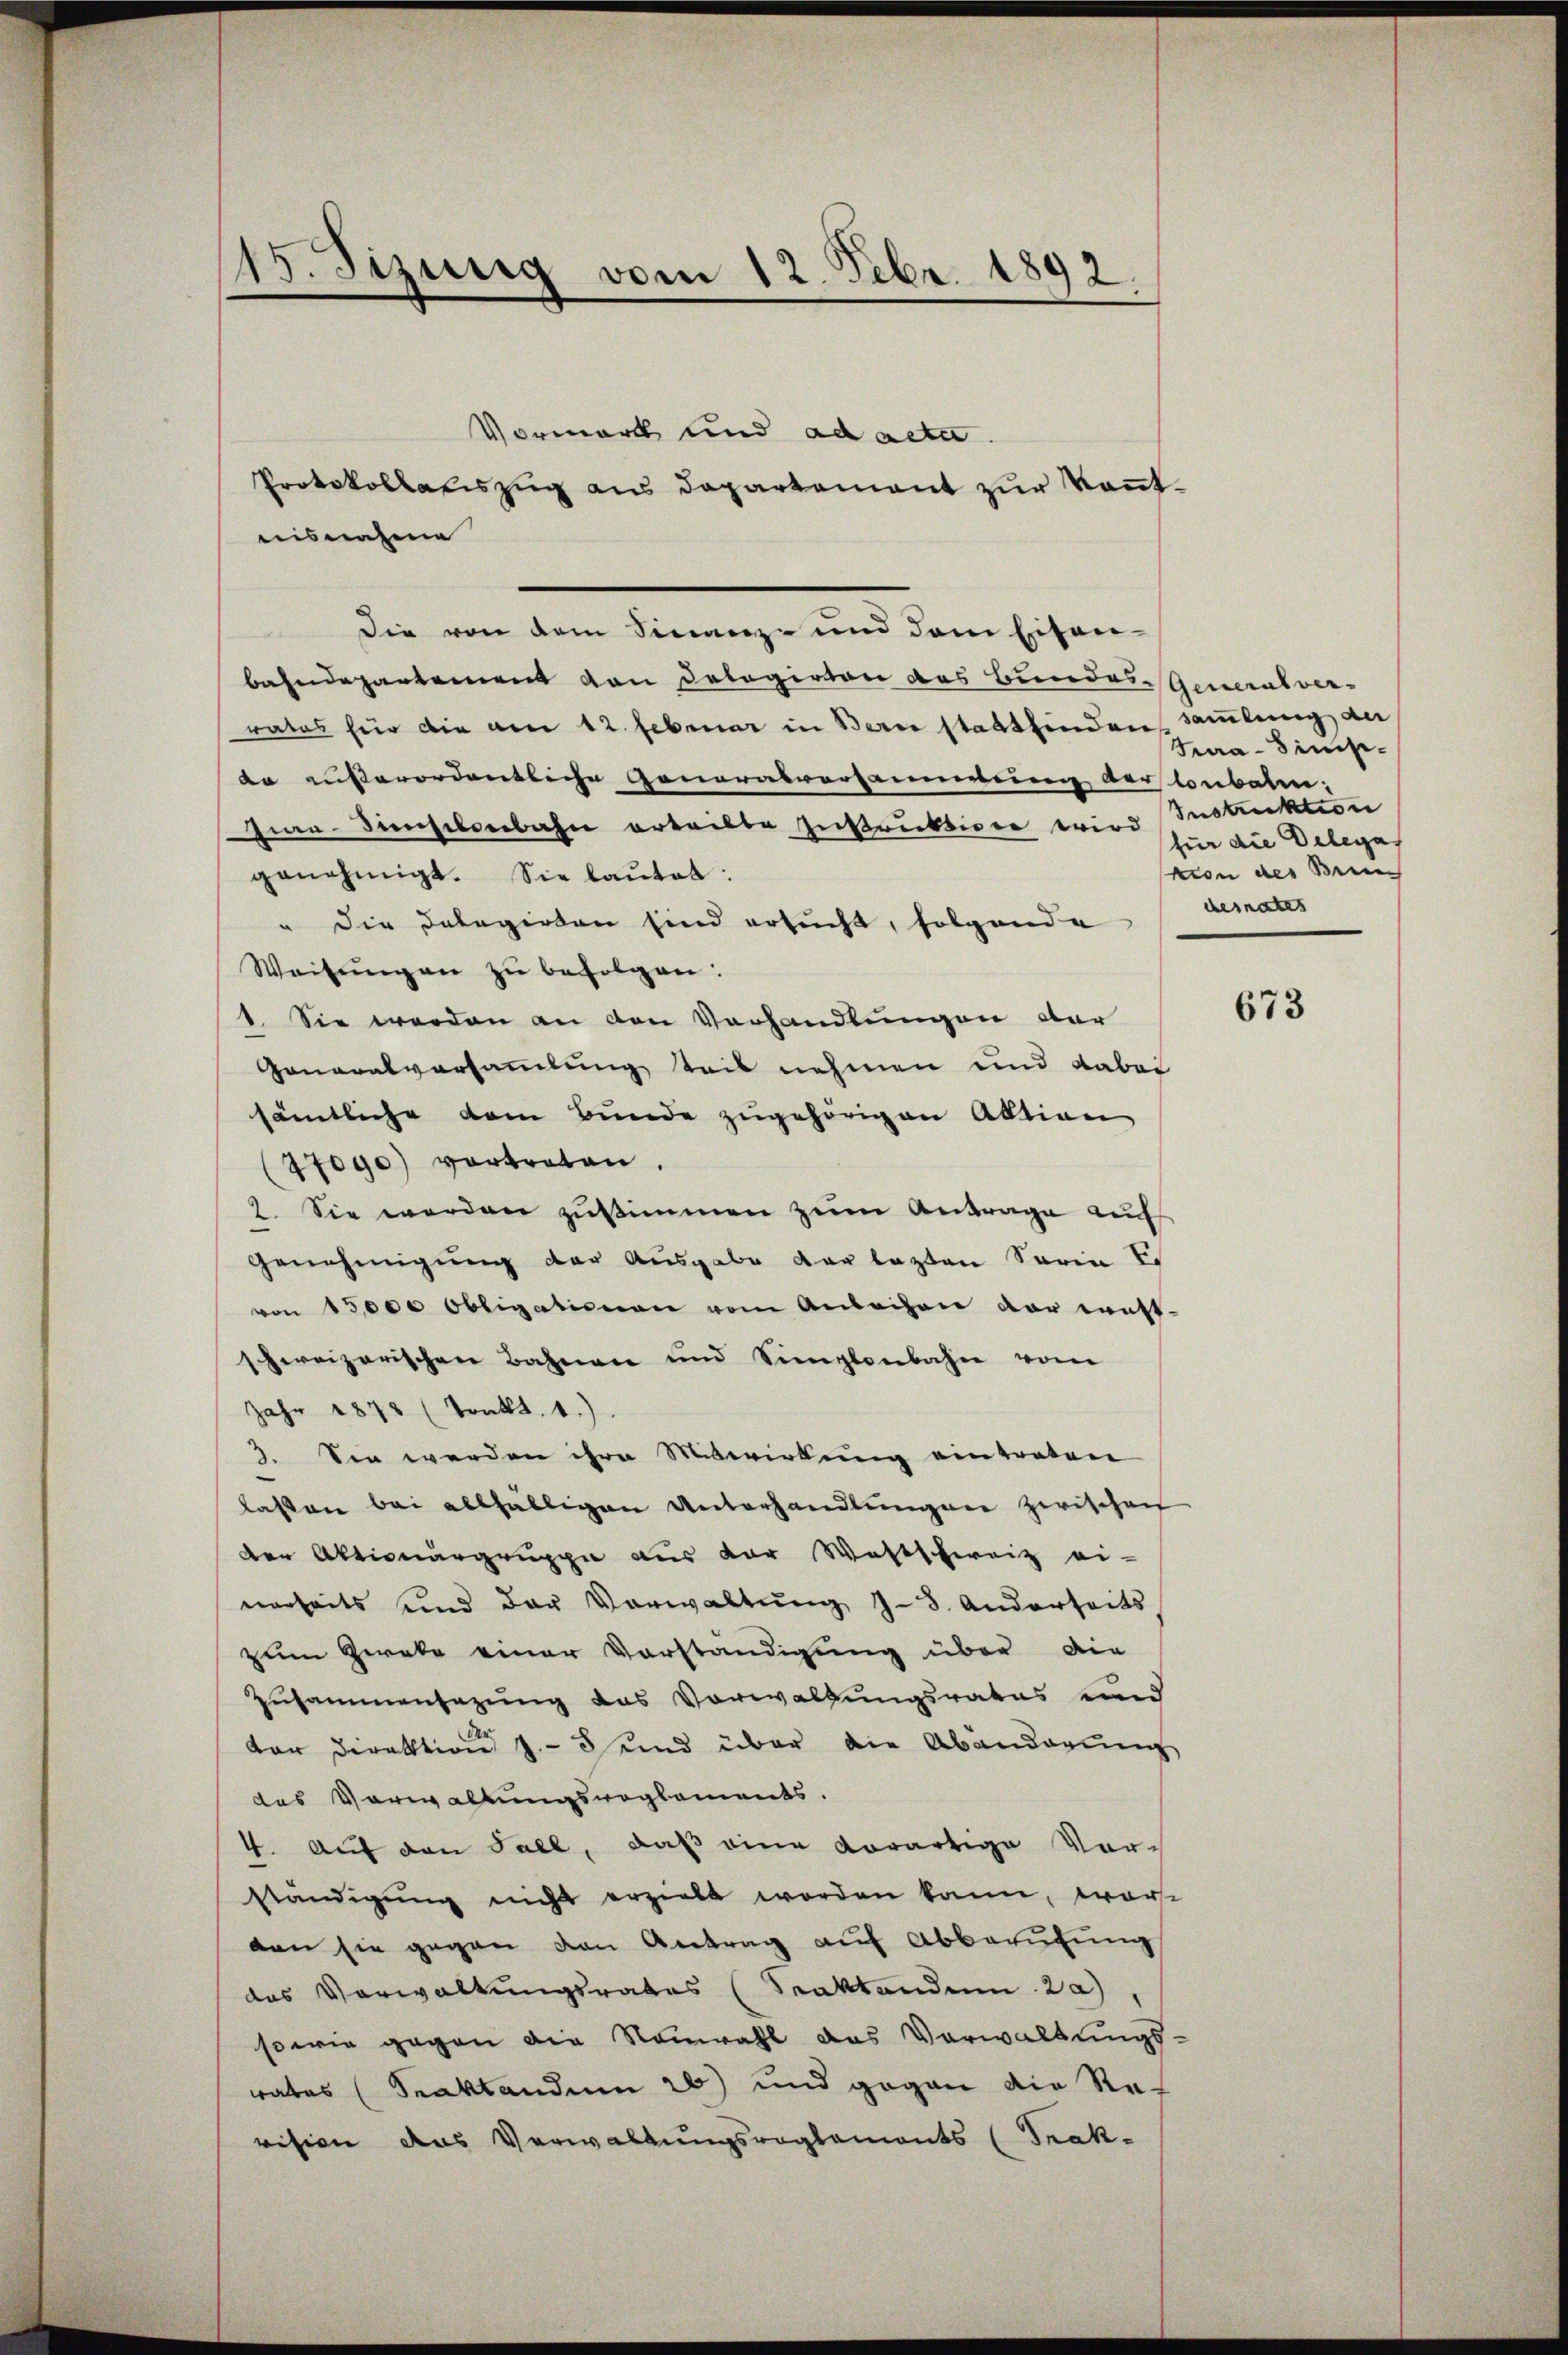
115. Sizung vom 12. Febr. 1892.

Vormark und ad acta.
Protokollatiszug aus Departement zur Kenntuisnahme
Die von dem Finanz- und dem Eisen-
bahndepartement von Delegirten das Bundes-Generalverrates für die am 12. Februar in Bern stattfinden Sammlung der
de außerordentliche Generalvorsammlung der loubalin:
Jua-Dienselenbahn erteilte Instruktione wird Instruktion
genehmigt. Sie lautet:
" die Delegirten sind ersucht, folgende
Weisŭngen zŭ befolgen:
1. Sie werden an den Verhandlungen dar
Generalversammlung teil nehmen und dabei
sämtliche vom Bunde zugehörigen Aktion
(77090) vortreten.
2. Sie werden zustimmen zum Antrage auf
Genehmigung der Ausgabe der lezten Serin Er
von 15000 Obligationen vom Anleihen der ernst-
schweizerischen Bahnen und Simplonbahn vom
Jahr 1878 (Tankt. 1.)
3. Sie werden ihre Mitwirkung eintreten
lassen bei allfälligen Unterhandlŭngen zwischei
der Aktionurgruppe aus der Westschweiz ei-
nerheits und der Verwaltŭng z. 8. Anderseits
zum Zweke einer Vorständigung über die
Zusammensazung das Vorwaltungsrates und
der
dar Direktion J. und über die Abänderung
des Verwaltungsreglements.
4. Auf den Fall, daß eine derartige Vorständigung nicht erzielt worden kann, wor-
den sie gegen den Antrag auf Abberufung
das Vorwaltungsrates (Spaktandum a
sowie gegen die Neuwahl das Verwaltungs-
rates (Seaktandum 20) und gegen die Re-
vision das Verwaltungsreglements (Trak¬

Tura-Simpfür die Delegat
vion des Ben
desnates

673